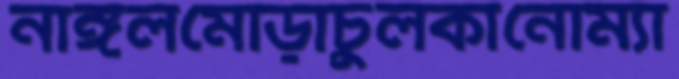
নাঙ্গলমোড়াচুলকানোম্যা